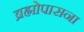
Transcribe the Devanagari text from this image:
ब्रह्मोपासना